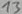
Text: 13